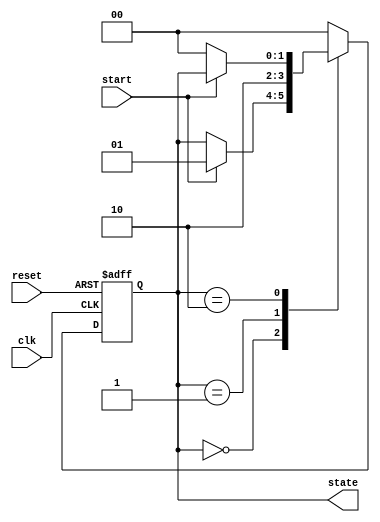
module simple_fsm (
    input wire clk,          // Clock input
    input wire reset,        // Asynchronous reset
    input wire start,        // Start signal
    output reg [1:0] state   // State output
);

    // Define state encoding
    parameter IDLE    = 2'b00;
    parameter RUNNING = 2'b01;
    parameter DONE    = 2'b10;

    // Initial state
    initial begin
        state = IDLE;
    end

    // State machine process
    always @(posedge clk or posedge reset) begin
        if (reset) begin
            state <= IDLE;  // Reset state
        end else begin
            case (state)
                IDLE: begin
                    if (start) begin
                        state <= RUNNING;  // Transition to RUNNING state
                    end
                end
                RUNNING: begin
                    // Simulate some processing
                    // After processing, transition to DONE state
                    state <= DONE;
                end
                DONE: begin
                    // Stay in DONE state or return to IDLE based on some condition
                    if (!start) begin
                        state <= IDLE;  // Transition back to IDLE
                    end
                end
                default: state <= IDLE; // Default case
            endcase
        end
    end

endmodule